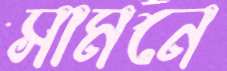
সামনে